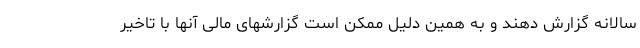
سالانه گزارش دهند و به همین دلیل ممکن است گزارشهای مالی آنها با تاخیر